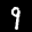
Label: 9